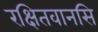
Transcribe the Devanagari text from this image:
रक्षितवानसि